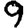
Digit: 9